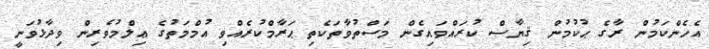
އެހެންކަމުން ރާގެ ޙުކުމުން ޤިޔާސް ކުރައްވައިގެން މަސްތުވާތަކެތި ޙަރާމްކުރެއްވި އުމްމަތުގެ ޢިލްމުވެރިން ވިދާޅުވަނީ